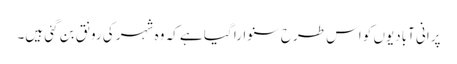
پرانی آبادیوں کو اس طرح سنوارا گیا ہے کہ وہ شہر کی رونق بن گئی ہیں۔